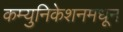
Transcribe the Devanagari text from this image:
कम्युनिकेशनमधून